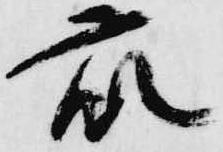
衆